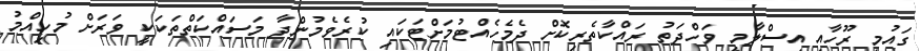
ގައުމީ ރޫހާއި އިސްލާމީ ވަހްދަތު ރައްކާތެރިކޮށް ދެމެހެއްޓުމަށްޓަކައި ކުރެވެމުންދާ މަސައްކަތްތަކަކީ ވަރަށް މުހިއްމު